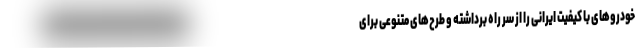
خودروهای با کیفیت ایرانی را از سر راه برداشته و طرح‌های متنوعی برای